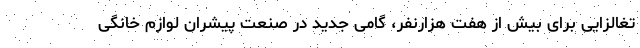
تغالزایی برای بیش از هفت هزارنفر، گامی جدید در صنعت پیشران لوازم خانگی